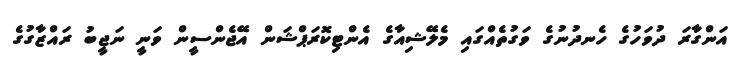
އަންގާރަ ދުވަހުގެ ހެނދުނުގެ ވަގުތެއްގައި މެލޭޝިއާގެ އެންޓިކޮރަޕްޝަން އޭޖެންސީން ވަނީ ނަޖީބު ރައްޒާގުގެ